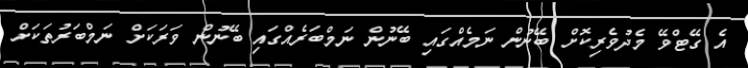
އެ ގޭޓްވޭ މެދުވެރިކޮށް ބޭނުން ނަމެއްގައި ބޭނުން ނަމްބަރެއްގައި ބޭނުން ވަރަކަށް ނަމްބަރުތަކަށް